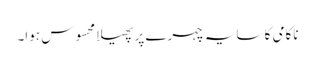
ناکامی کا سایہ چہرے پر پھیلا محسوس ہوا۔